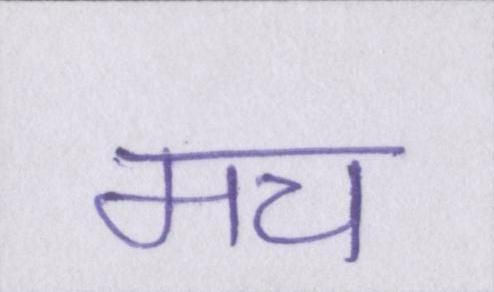
मच